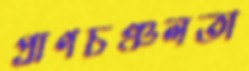
প্রাণচঞ্চলতা